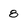
Character: 8